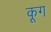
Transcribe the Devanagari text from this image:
कूग